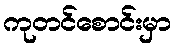
ကုတင်စောင်းမှာ